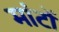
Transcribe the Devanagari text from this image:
मांटों